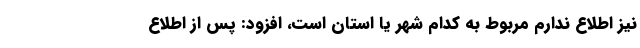
نیز اطلاع ندارم مربوط به کدام شهر یا استان است، افزود: پس از اطلاع